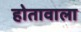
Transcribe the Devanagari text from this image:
होतावाला